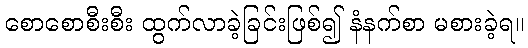
စောစောစီးစီး ထွက်လာခဲ့ခြင်းဖြစ်၍ နံနက်စာ မစားခဲ့ရ။